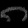
Digit: ၈